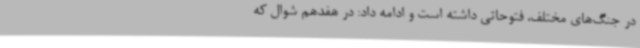
در جنگ‌های مختلف، فتوحاتی داشته است و ادامه داد: در هفدهم شوال که